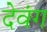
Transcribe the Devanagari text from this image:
देवंग